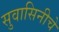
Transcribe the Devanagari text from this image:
सुवासिनीचे